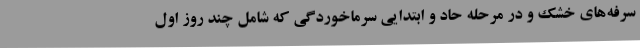
سرفه‌های خشک و در مرحله حاد و ابتدایی سرماخوردگی که شامل چند روز اول